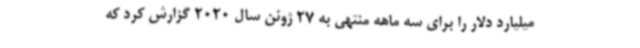
میلیارد دلار را برای سه ماهه منتهی به 27 ژوئن سال 2020 گزارش کرد که